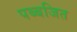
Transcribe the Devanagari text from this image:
पब्बजित